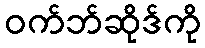
ဝက်ဘ်ဆိုဒ်ကို